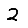
Digit: 2